Scottish Leaving Certificate Examination, 1960
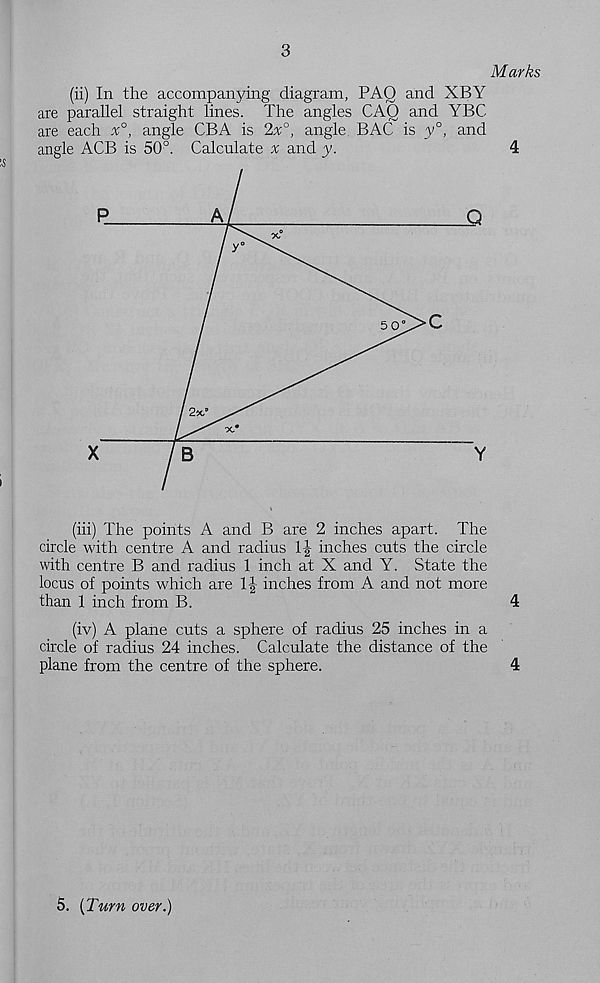
3
Marks
(ii) In the accompanying diagram, PAQ and XBY
are parallel straight lines. The angles CAQ and YBC
are each x°, angle CBA is 2x°, angle BAG is y°, and
angle ACB is 50°. Calculate % and y.
4
(in) The points A and B are 2 inches apart. The
circle with centre A and radius 1J inches cuts the circle
with centre B and radius 1 inch at X and Y. State the
locus of points which are 1| inches from A and not more
than 1 inch from B.
4
(iv) A plane cuts a sphere of radius 25 inches in a
circle of radius 24 inches. Calculate the distance of the
plane from the centre of the sphere.
4
5. [Turn over.)